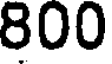
800